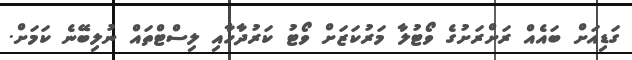
ގަޑިއަށް ބައެއް ރަށްރަށުގެ ވޯޓުލާ މަރުކަޒަށް ވޯޓު ކަރުދާހާއި ލިސްޓްތައް ނުލިބޭނެ ކަމަށް.